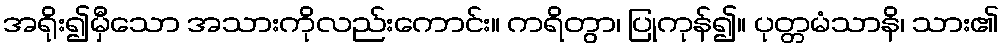
အရိုး၍မှီသော အသားကိုလည်းကောင်း။ ကရိတွာ၊ ပြုကုန်၍။ ပုတ္တမံသာနိ၊ သား၏